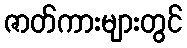
ဇာတ်ကားများတွင်